Civil Veterinary Department. United Provinces 1932-42 - 1932-1942
Year: 1932
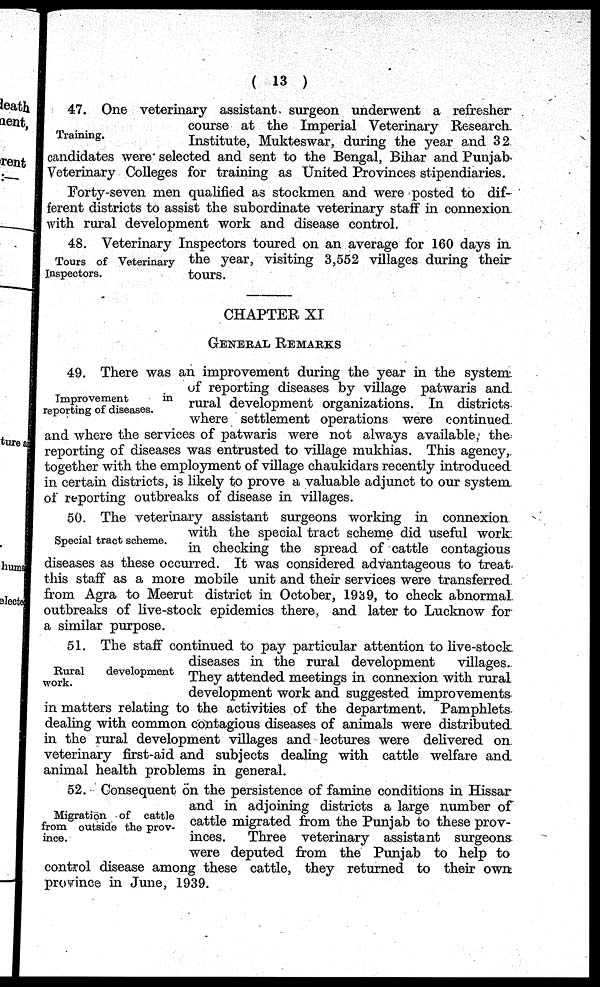
( 13 )
Training.
47. One veterinary assistant surgeon underwent a refresher
course at the Imperial Veterinary Research
Institute, Mukteswar, during the year and 32
candidates were selected and sent to the Bengal, Bihar and Punjab
Veterinary Colleges for training as United Provinces stipendiaries.
Forty-seven men qualified as stockmen and were posted to dif-
ferent districts to assist the subordinate veterinary staff in connexion
with rural development work and disease control.
Tours of Veterinary
Inspectors.
48. Veterinary Inspectors toured on an average for 160 days in
the year, visiting 3,552 villages during their
tours.
CHAPTER XI
GENERAL REMARKS
Improvement
in
reporting of diseases.
49. There was an improvement during the year in the system
of reporting diseases by village patwaris and
rural development organizations. In districts
where settlement operations were continued
and where the services of patwaris were not always available, the
reporting of diseases was entrusted to village mukhias. This agency,
together with the employment of village chaukidars recently introduced
in certain districts, is likely to prove a valuable adjunct to our system
of reporting outbreaks of disease in villages.
Special tract scheme.
50. The veterinary assistant surgeons working in connexion
with the special tract scheme did useful work
in checking the spread of cattle contagious
diseases as these occurred. It was considered advantageous to treat
this staff as a more mobile unit and their services were transferred
from Agra to Meerut district in October, 1939, to check abnormal
outbreaks of live-stock epidemics there, and later to Lucknow for
a similar purpose.
Rural
development
work.
51. The staff continued to pay particular attention to live-stock
diseases in the rural development
villages.
They attended meetings in connexion with rural
development work and suggested improvements
in matters relating to the activities of the department. Pamphlets
dealing with common contagious diseases of animals were distributed
in the rural development villages and lectures were delivered on
veterinary first-aid and subjects dealing with cattle welfare and
animal health problems in general.
Migration of cattle
from outside the prov-
ince.
52. Consequent on the persistence of famine conditions in Hissar
and in adjoining districts a large number of
cattle migrated from the Punjab to these prov-
inces.
Three veterinary assistant surgeons
were deputed from the Punjab to help to
control disease among these cattle, they returned to their own
province in June, 1939.